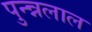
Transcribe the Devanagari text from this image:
पुन्न्नलाल